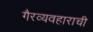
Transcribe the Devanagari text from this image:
गैरव्यवहाराची